Vaccination in Bombay 1874-1876 - 1874-1876
Year: 1874
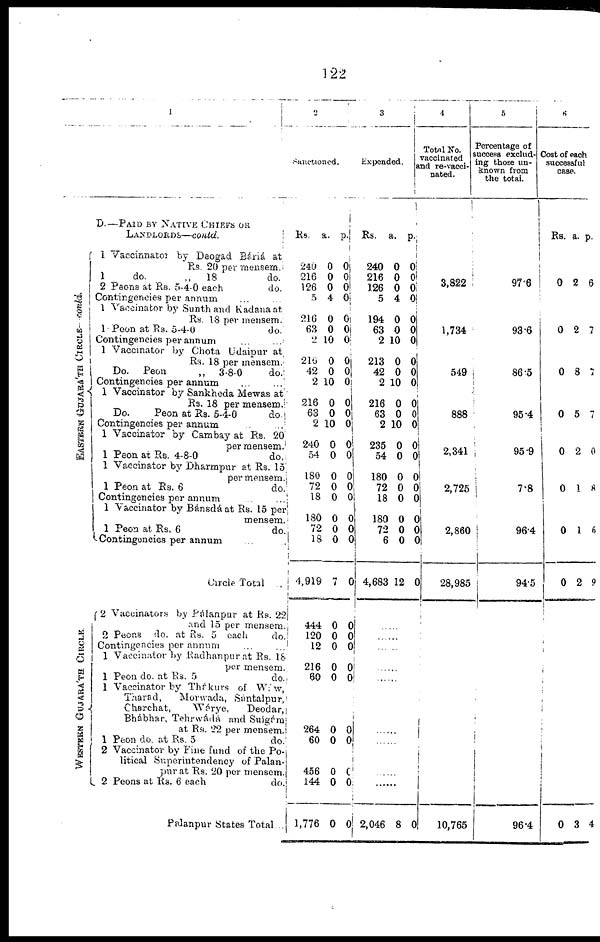
122
1
D.—PAID BY NATIVE CHIEFS OR
LANDLORDS.—contd.
EASTERN GUJARA'TH CIRCLE- Contd.
WESTERN GUJARA'TH CIRCLE
1 Vaccinnator by Deogad Báriá at
Rs. 20 per mensem.
1
do.
„
18
do.
2 Peons at Rs. 5-4-0 each
do.
Contingencies per annum ... ...
1 Vaccinator by Sunth and Kadana at
Rs. 18 per mensem.
1 Peon at Rs. 5-4-0
do.
Contingencies per annum ... ...
1 Vaccinator by Chota Udaipur at
Rs. 18 per mensem.
Do.
Peon
„
3-8-0
do.
Contingencies per annum ... ...
1 Vaccinator by Sankheda Mewas at
Rs. 18 per mensem.
Do.
Peon at Rs. 5-4-0
do
Contingencies per annum
...
1 Vaccinator by Cambay at Rs. 20
per mensem.
1 Peon at Rs. 4-8-0
do.
1 Vaccinator by Dharmpur at Rs. 15
per mensem.
1 Peon at Rs. 6
do.
Contingencies per annum
...
1 Vaccinator by Bánsdá at Rs. 15 per
mensem.
1 Peon at Rs. 6
do.
Contingencies per annum
.. .
Circle Total
.
2 Vaccinators by Pálanpur at Rs. 22
and 15 per mensem..
2 Peons
do. at Rs. 5 each
do.
Contingencies per annum
...
...
1 Vaccinator by Radhanpur at Rs. 18
per mensem.
1 Peon do. at Rs. 5
do.
1 Vaccinator by Thákurs of Wáw,
Tharad,
Morwada, Sántalpur,
Charchat,
Wárye,
Deodar,
Bhábhar, Tehrwádá and Suigám
at Rs. 22 per mensem.
1 Peon do. at Rs. 5
do.
2 Vaccinator by Fine fund of the Po¬
litical Superintendency of Palan¬
pur at Rs. 20 per mensem.
2 Peons at Rs. 6 each
do.
Palanpur States Total...
2
Sanctioned.
Rs.
240
216
126
5
216
63
2
216
42
2
216
63
2
240
54
180
72
18
180
72
18
4,919
444
120
12
216
60
264
60
456
144
1,776
a.
0
0
0
4
0
0
10
0
0
10
0
0
10
0
0
0
0
0
0
0
0
7
0
0
0
0
0
0
0
0
0
0
p.
0
0
0
0
0
0
0
0
0 0
0
0
0
0 0
0
0
0
0
0
0
0
0
0
0
0
0
0
0
0
0
0
3
Expended.
Rs.
240
216
126
5
194
63
2
213
42
2
216
63
2
235
54
180
72
18
180
72
6
4,683
a.
0
0
0
4
0
0
10
0
0
10
0
0
10
0
0
0
0
0
0
0
0
12
p.
0
0
0 0
0
0
0
0
0
0
0
0
0
0
0
0
0 0
0
0
0
0
......
......
......
......
......
......
......
......
......
2,046 8 0
4
Total No.
vaccinated
and re-vacci¬
nated.
3,822
1,734
549
888
2,341
2,725
2,860
28,985
10,765
5
Percentage of
success exclud¬
ing those un-
known from
the total.
97.6
93.6
86.5
95.4
95.9
7.8
96.4
94.5
96.4
6
Cost of each
successful
case.
Rs.
0
0
0
0
0
0
0
0
0
a.
2
2
8
5
2
1
1
2
3
p.
6
7
7
7
0
8
6
9
4